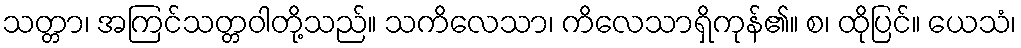
သတ္တာ၊ အကြင်သတ္တဝါတို့သည်။ သကိလေသာ၊ ကိလေသာရှိကုန်၏။ စ၊ ထိုပြင်။ ယေသံ၊